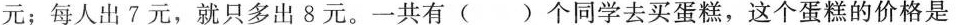
元；每人出7元，就只多出8元。一共有()个同学去买蛋糕，这个蛋糕的价格是